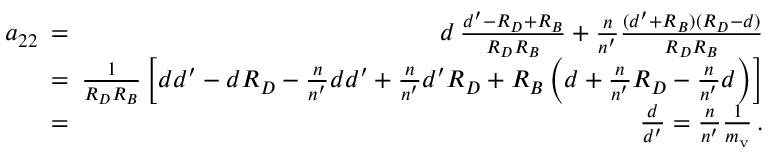
\begin{array} { r l r } { a _ { 2 2 } \! \! \! } & { = } & { \! \! \! d \, { \frac { d ^ { \prime } - R _ { D } + R _ { B } } { R _ { D } R _ { B } } } + { \frac { n } { n ^ { \prime } } } { \frac { ( d ^ { \prime } + R _ { B } ) ( R _ { D } - d ) } { R _ { D } R _ { B } } } } \\ & { = } & { \! \! \! { \frac { 1 } { R _ { D } R _ { B } } } \left[ d d ^ { \prime } - d R _ { D } - { \frac { n } { n ^ { \prime } } } d d ^ { \prime } + { \frac { n } { n ^ { \prime } } } d ^ { \prime } R _ { D } + R _ { B } \left( d + { \frac { n } { n ^ { \prime } } } R _ { D } - { \frac { n } { n ^ { \prime } } } d \right) \right] } \\ & { = } & { \! \! \! { \frac { d } { d ^ { \prime } } } = { \frac { n } { n ^ { \prime } } } { \frac { 1 } { m _ { \mathrm { v } } } } \, . } \end{array}